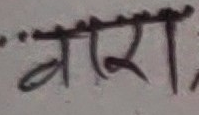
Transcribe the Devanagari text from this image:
बरा